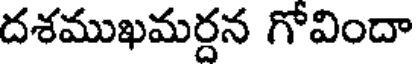
దశముఖమర్దన గోవిందా